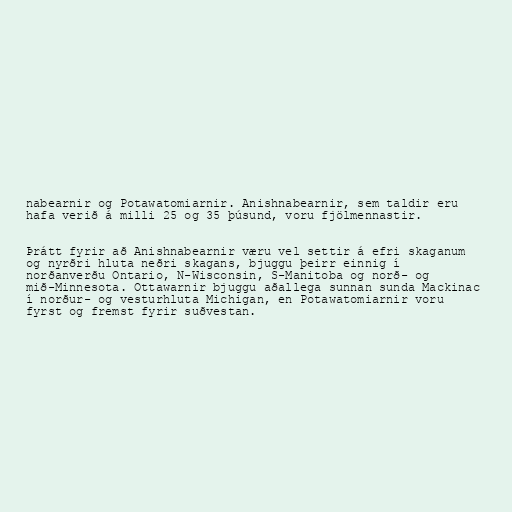
nabearnir og Potawatomiarnir. Anishnabearnir, sem taldir eru
hafa verið á milli 25 og 35 þúsund, voru fjölmennastir.

Þrátt fyrir að Anishnabearnir væru vel settir á efri skaganum
og nyrðri hluta neðri skagans, bjuggu þeirr einnig í
norðanverðu Ontario, N-Wisconsin, S-Manitoba og norð- og
mið-Minnesota. Ottawarnir bjuggu aðallega sunnan sunda Mackinac
í norður- og vesturhluta Michigan, en Potawatomiarnir voru
fyrst og fremst fyrir suðvestan.